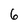
Character: 6